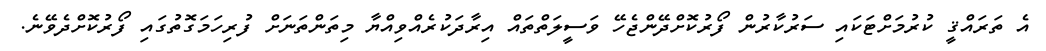
އެ ތަރައްޤީ ކުރުމަށްޓަކައި ސަރުކާރުން ފޯރުކޮށްދޭންޖެހޭ ވަސީލަތްތައް އިރާދަކުރެއްވިއްޔާ މިތަންތަނަށް ފުރިހަމަގޮތުގައި ފޯރުކޮށްދެވޭނެ.